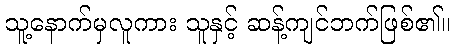
သူ့နောက်မှလူကား သူနှင့် ဆန့်ကျင်ဘက်ဖြစ်၏။